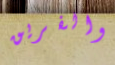
والفريق